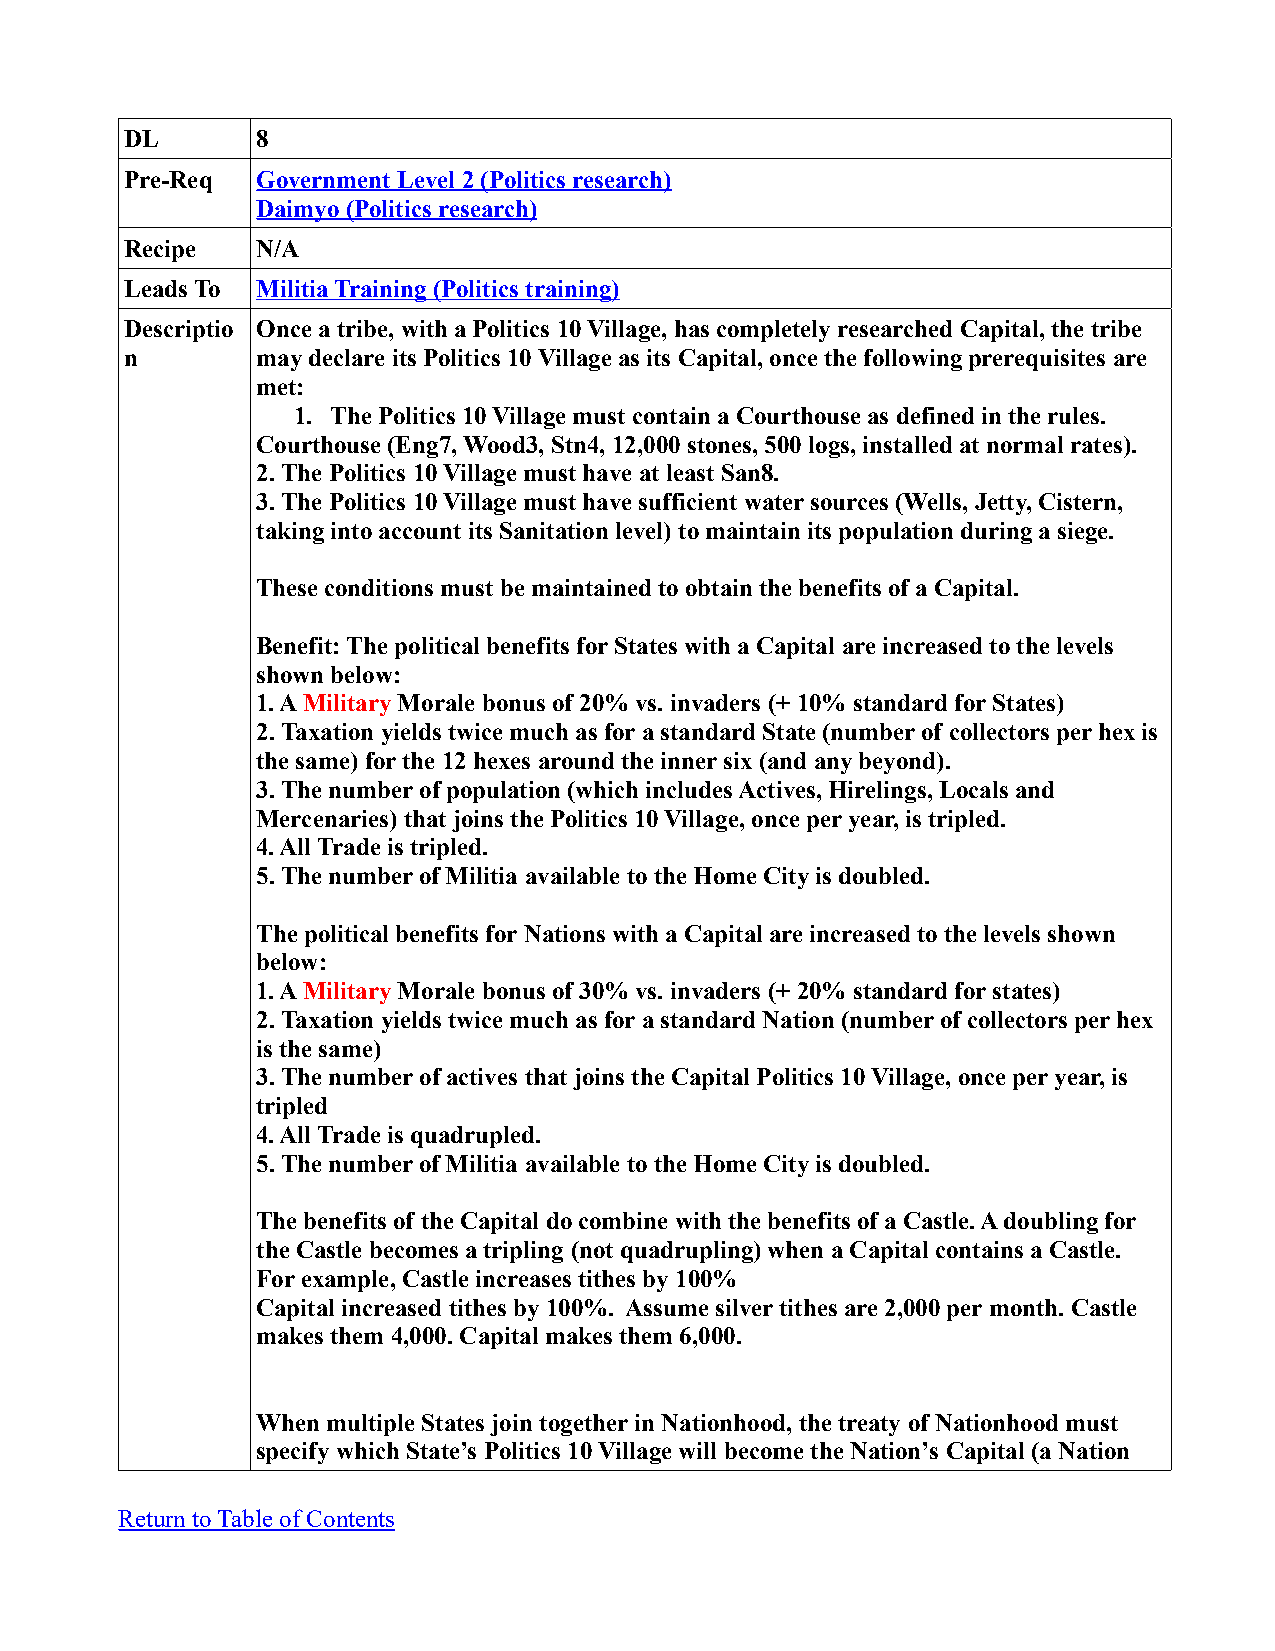
DL       8
 Pre-Req  Government Level 2 (Politics research)
 Daimyo (Politics research)
 Recipe   N/A
 Leads To Militia Training (Politics training)
 Descriptio Once a tribe, with a Politics 10 Village, has completely researched Capital, the tribe
 n        may declare its Politics 10 Village as its Capital, once the following prerequisites are
 met:
 1. The Politics 10 Village must contain a Courthouse as defined in the rules.
 Courthouse (Eng7, Wood3, Stn4, 12,000 stones, 500 logs, installed at normal rates).
 2. The Politics 10 Village must have at least San8.
 3. The Politics 10 Village must have sufficient water sources (Wells, Jetty, Cistern,
 taking into account its Sanitation level) to maintain its population during a siege.
 These conditions must be maintained to obtain the benefits of a Capital.
 Benefit: The political benefits for States with a Capital are increased to the levels
 shown below:
 1. A Military Morale bonus of 20% vs. invaders (+ 10% standard for States)
 2. Taxation yields twice much as for a standard State (number of collectors per hex is
 the same) for the 12 hexes around the inner six (and any beyond).
 3. The number of population (which includes Actives, Hirelings, Locals and
 Mercenaries) that joins the Politics 10 Village, once per year, is tripled.
 4. All Trade is tripled.
 5. The number of Militia available to the Home City is doubled.
 The political benefits for Nations with a Capital are increased to the levels shown
 below:
 1. A Military Morale bonus of 30% vs. invaders (+ 20% standard for states)
 2. Taxation yields twice much as for a standard Nation (number of collectors per hex
 is the same)
 3. The number of actives that joins the Capital Politics 10 Village, once per year, is
 tripled
 4. All Trade is quadrupled.
 5. The number of Militia available to the Home City is doubled.
 The benefits of the Capital do combine with the benefits of a Castle. A doubling for
 the Castle becomes a tripling (not quadrupling) when a Capital contains a Castle.
 For example, Castle increases tithes by 100%
 Capital increased tithes by 100%. Assume silver tithes are 2,000 per month. Castle
 makes them 4,000. Capital makes them 6,000.
 When multiple States join together in Nationhood, the treaty of Nationhood must
 specify which State’s Politics 10 Village will become the Nation’s Capital (a Nation
 Return to Table of Contents